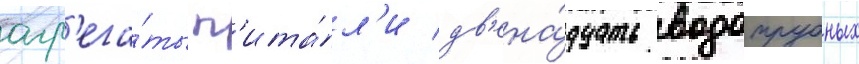
агр'ега́ты п'ита́л'и дв'ена́дцать водотрубных